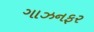
ગાઝનફર